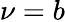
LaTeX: \nu=b